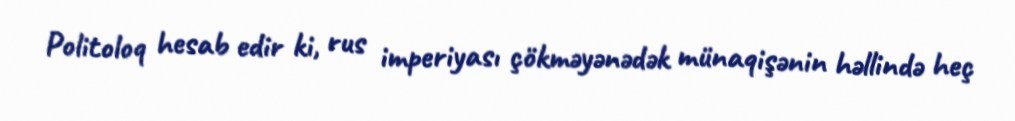
Politoloq hesab edir ki, rus imperiyası çökməyənədək münaqişənin həllində heç